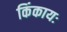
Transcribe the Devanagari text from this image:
किंकायः